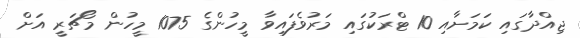
ޖިއްދާގައި ކަމަށާއި 10 ޓްރަކުގައި މަރުވެފައިވާ މީހުންގެ 1075 މީހުން މޯޗަރީ އަށް